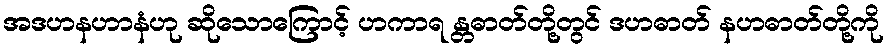
အဒဟနဟာနံဟု ဆိုသောကြောင့် ဟကာရ န္တဓာတ်တို့တွင် ဒဟဓာတ် နဟဓာတ်တို့ကို